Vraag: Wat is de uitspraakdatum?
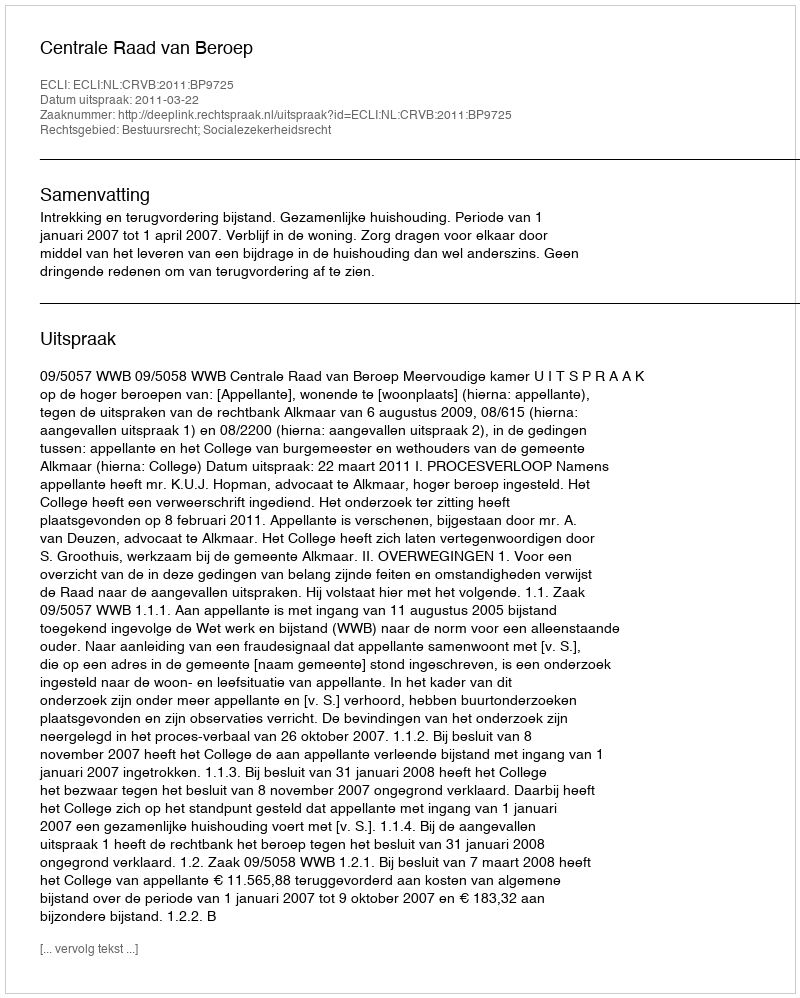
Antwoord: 2011-03-22